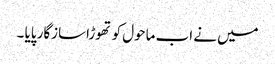
میں نے اب ماحول کو تھوڑاسازگار پایا ۔